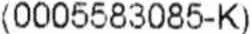
(0005583085-K)